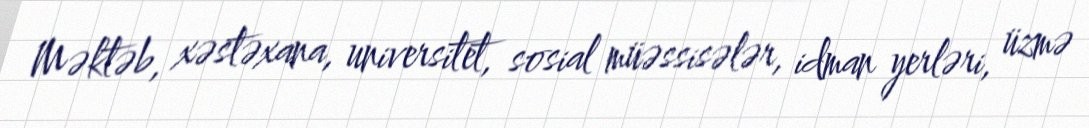
Məktəb, xəstəxana, universitet, sosial müəssisələr, idman yerləri, üzmə